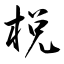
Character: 棁